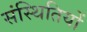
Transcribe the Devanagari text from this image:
संस्थितियों